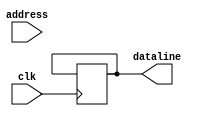
`timescale 1ns / 1ps

module instruction_memory(
	input clk,  
	input [31:0] address, 
	output reg [127:0] dataline);

	// counter
	reg [2:0] counter;
	
	// memory
	reg [7:0] memory[0:512];
	
	// initial memory
	integer i;
	initial begin
		counter = 0;
		memory[0] = 'h00; //add $1, $2, $3
		memory[1] = 'h08;
		memory[2] = 'h43;
		memory[3] = 'h00;
		
		memory[4] = 'h01; //sub $4, $5, $6
		memory[5] = 'h20;
		memory[6] = 'hA6;
		memory[7] = 'h00;
		
		memory[8] = 'h02; //and $7, $8, $9
		memory[9] = 'h38;
		memory[10] = 'h09;
		memory[11] = 'h01;
		
		memory[12] = 'h03; //or $10, $11, $12
		memory[13] = 'h50;
		memory[14] = 'h6C;
		memory[15] = 'h01;
		
		memory[16] = 'h04; //slt $13, $14, $15
		memory[17] = 'h68;
		memory[18] = 'hCF;
		memory[19] = 'h01;
		
		memory[20] = 'h07; //not $16, $17
		memory[21] = 'h80;
		memory[22] = 'h20;
		memory[23] = 'h02;
		
		memory[24] = 'h04; //sw $18, 4($19)
		memory[25] = 'h00;
		memory[26] = 'h72;
		memory[27] = 'h16;
		
		memory[28] = 'h15; //addi $20, $21, 21
		memory[29] = 'h00;
		memory[30] = 'hB4;
		memory[31] = 'h1E;
		
		memory[32] = 'h17; //slti $22, $23, 23
		memory[33] = 'h00;
		memory[34] = 'hF6;
		memory[35] = 'h06;
		
		memory[36] = 'hC5; //lsl $24, $25, 3
		memory[37] = 'hC0;
		memory[38] = 'h20;
		memory[39] = 'h03;
		
		memory[40] = 'hC6; //lsr $26, $27, 3
		memory[41] = 'hD0;
		memory[42] = 'h60;
		memory[43] = 'h03;
		
		memory[44] = 'h04; //lw $18, 4($19)
		memory[45] = 'h00;
		memory[46] = 'h72;
		memory[47] = 'h12;
		
		memory[48] = 'hF3; //beq $0, $0, -13
		memory[49] = 'hFF;
		memory[50] = 'h00;
		memory[51] = 'h18;
	end
	
	// return dataline from memory
	always @(posedge clk)begin
		if (counter == 4)begin
			dataline = {memory[address+15], memory[address+14], memory[address+13], memory[address+12]
										 ,memory[address+11], memory[address+10], memory[address+9], memory[address+8]
										 ,memory[address+7], memory[address+6], memory[address+5], memory[address+4]
										 ,memory[address+3], memory[address+2], memory[address+1], memory[address]};
			// reset counter
			counter = 0;
		end
		else begin
			// add counter
			counter = counter + 1;
		end
	end
	always @(address)begin
		counter = 0;
	end
	
	
	
endmodule